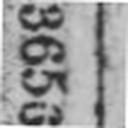
3650